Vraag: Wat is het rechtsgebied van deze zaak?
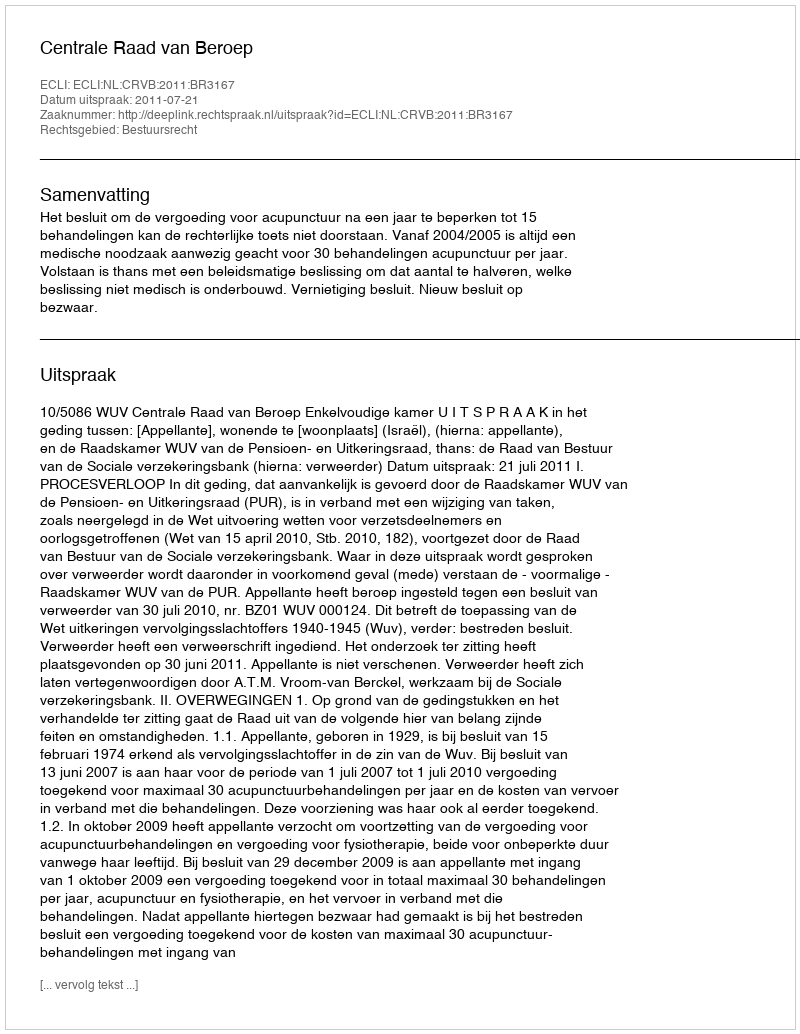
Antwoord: Bestuursrecht